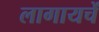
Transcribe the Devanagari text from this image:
लागायचें